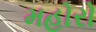
મહોરો